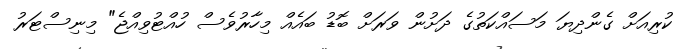
ކުރިއަށް ގެންދިޔަ މަސައްކަތުގެ ދަށުން ވަރަށް ބޮޑު ބައެއް މިހާރުވެސް ހުއްޓުވިއްޖެ" މިނިސްޓަރު